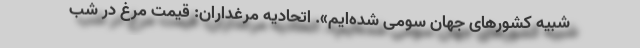
شبیه کشورهای جهان سومی شده‌ایم». اتحادیه مرغداران: قیمت مرغ در شب